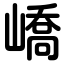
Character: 嶠